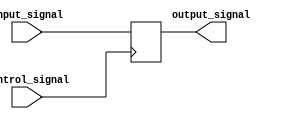
module IO_Block_Voltage_Level_Shifter (
    input wire [7:0] input_signal,
    output reg [7:0] output_signal,
    input wire control_signal
);

always @(posedge control_signal) begin
    if (control_signal)
        output_signal <= input_signal;
    else
        output_signal <= input_signal + 1;
end

endmodule